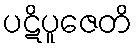
ပဋိပူဇေတိ